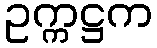
ဥက္ကဋ္ဌက